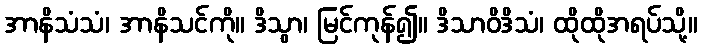
အာနိသံသံ၊ အာနိသင်ကို။ ဒိသွာ၊ မြင်ကုန်၍။ ဒိသာဝိဒိသံ၊ ထိုထိုအရပ်သို့။